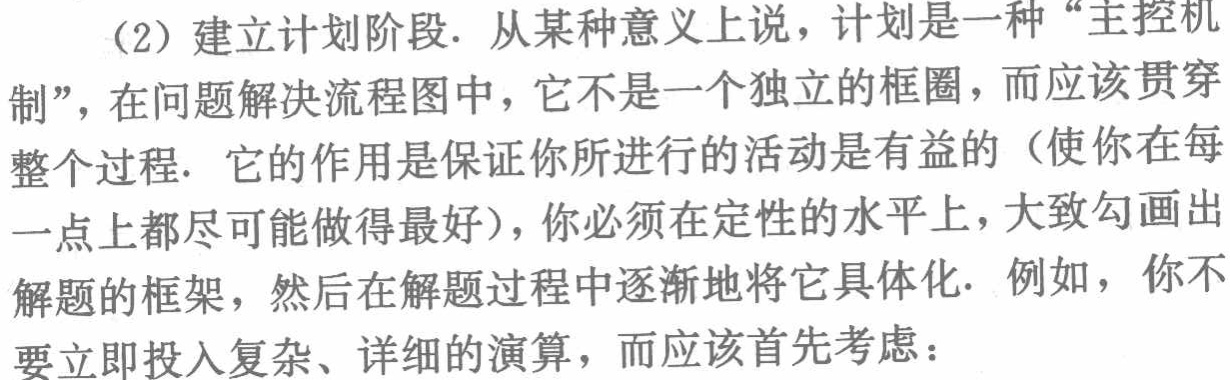
（2）建立计划阶段. 从某种意义上说，计划是一种“主控机制”，在问题解决流程图中，它不是一个独立的框圈，而应该贯穿整个过程. 它的作用是保证你所进行的活动是有益的（使你在每一点上都尽可能做得最好），你必须在定性的水平上，大致勾画出解题的框架，然后在解题过程中逐渐地将它具体化. 例如，你不要立即投入复杂、详细的演算，而应该首先考虑：